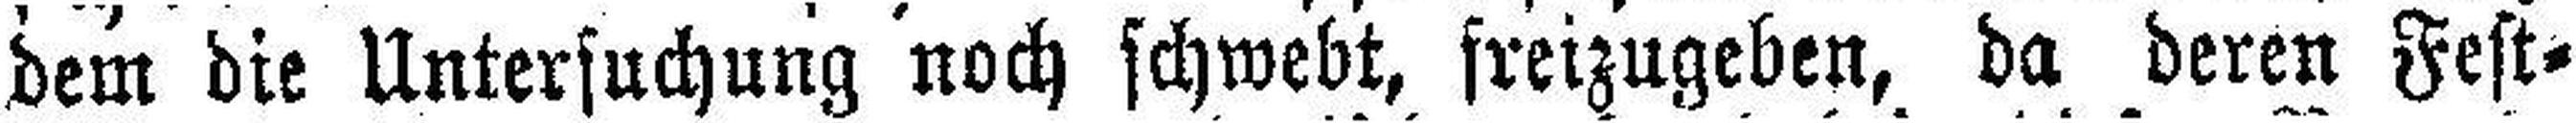
dem die Untersuchung noch schwebt, freizugeben, da deren Fest¬